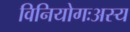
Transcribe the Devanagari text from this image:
विनियोगःअस्य